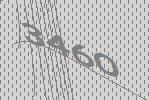
3460